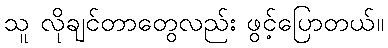
သူ လိုချင်တာတွေလည်း ဖွင့်ပြောတယ်။